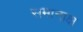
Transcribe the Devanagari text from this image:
समानाक्ष